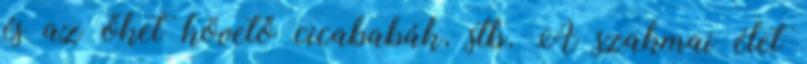
és az őket követő cicababák, stb. A szakmai élet